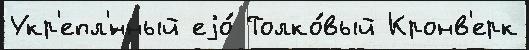
Укр'епл'́нный еjо́ Толко́вый Кронв'ерк